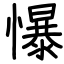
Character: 懪